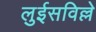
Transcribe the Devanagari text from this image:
लुईसविल्ले